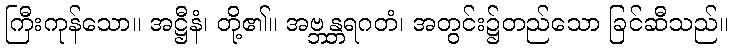
ကြီးကုန်သော။ အဋ္ဌီနံ၊ တို့၏။ အဗ္ဘန္တရဂတံ၊ အတွင်း၌တည်သော ခြင်ဆီသည်။